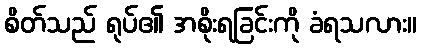
စိတ်သည် ရုပ်၏ အစိုးရခြင်းကို ခံရသလား။